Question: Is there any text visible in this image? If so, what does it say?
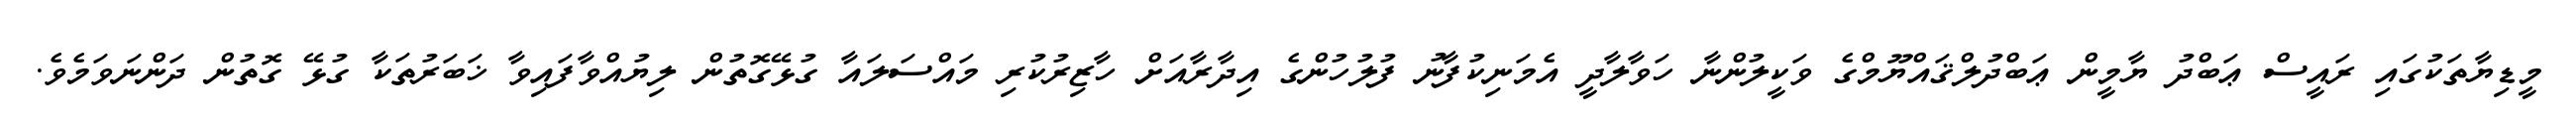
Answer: މީޑިޔާތަކުގައި ރައީސް ޢަބްދު ޔާމީން ޢަބްދުލްޤައްޔޫމްގެ ވަކީލުންނާ ހަވާލާދީ އެމަނިކުފާނު ފުލުހުންގެ އިދާރާއަށް ހާޒިރުކުރި މައްސަލައާ ގުޅޭގޮތުން ލިޔުއްވާފައިވާ ޚަބަރުތަކާ ގުޅޭ ގޮތުން ދަންނަވަމެވެ.